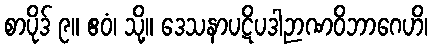
စာပိုဒ် ၉။ ဧဝံ၊ သို့။ ဒေသနာပဋိပဒါဉာဏဝိဘာဂေဟိ၊